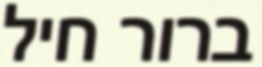
ברור חיל